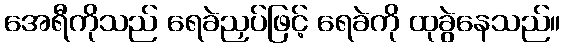
အေရီကိုသည် ရေခဲညှပ်ဖြင့် ရေခဲကို ထုခွဲနေသည်။